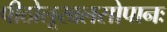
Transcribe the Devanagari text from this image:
पीठोलूखलसोपानः